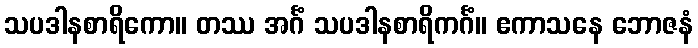
သပဒါနစာရိကော။ တဿ အင်္ဂံ သပဒါနစာရိကင်္ဂံ။ ဧကာသနေ ဘောဇနံ